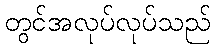
တွင်အလုပ်လုပ်သည်